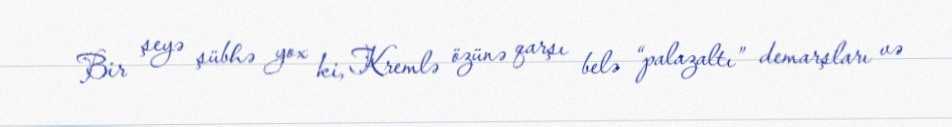
Bir şeyə şübhə yox ki, Kremlə özünə qarşı belə “palazaltı” demarşları və